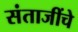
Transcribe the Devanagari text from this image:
संताजींचे